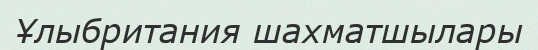
Ұлыбритания шахматшылары